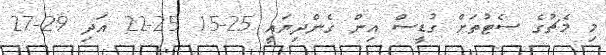
މި މެޗުގެ ސެޓުތަށް ގުޑީސް އިން ގެންދިޔައީ 25-15 25-22 އަދި 29-27